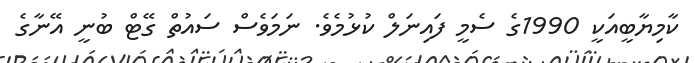
ކާމިޔާބީއަކީ 1990ގެ ސެމީ ފައިނަލް ކުޅުމެވެ. ނަމަވެސް ސައުތް ގޭޓް ބުނީ އޭނާގެ